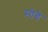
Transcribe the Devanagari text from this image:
सोबे